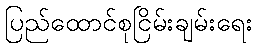
ပြည်ထောင်စုငြိမ်းချမ်းရေး